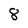
Character: 8